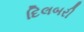
દિલબરી